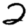
Digit: 2